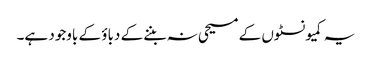
یہ کمیونسٹوں کے مسیحی نہ بننے کے دباؤ کے باوجود ہے۔